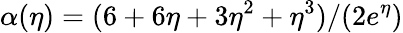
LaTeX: \alpha(\eta)=(6+6\eta+3\eta^{2}+\eta^{3})/(2e^{\eta})